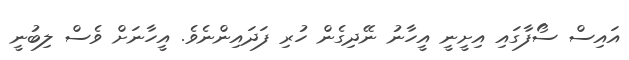
އައިސް ސޯފާގައި އިށީނީ އީހާނު ނޭދިގެން ހުރި ފަދައިންނެވެ. އީހާނަށް ވެސް ލިބުނީ